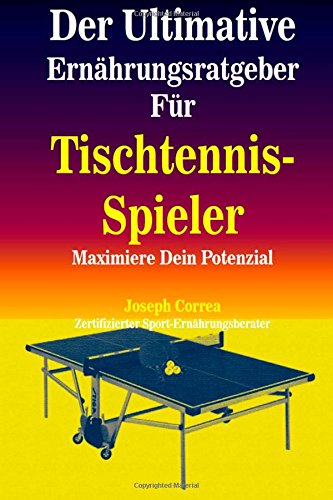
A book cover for Der Ultimative Ernahrungsratgeber Fur Tischtennis-Spieler: Maximiere Dein Potenzial (German Edition); Joseph Correa (Zertifizierter Sport-Ernahrungsberater); Sports & Outdoors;